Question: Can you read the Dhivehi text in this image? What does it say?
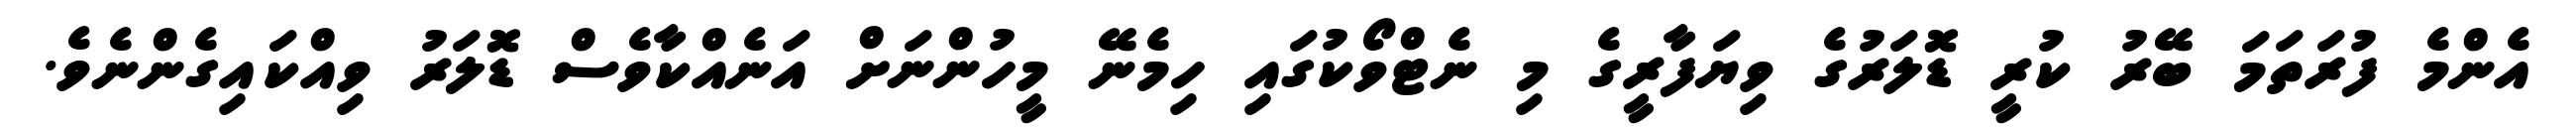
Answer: އެންމެ ފުރަތަމަ ބޭރު ކުރީ ޑޮލަރުގެ ވިޔަފާރީގެ މި ނެޓްވޯކުގައި ހިމެނޭ މީހުންނަށް އަނެއްކާވެސް ޑޮލަރު ވިއްކައިގެންނެވެ.